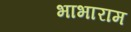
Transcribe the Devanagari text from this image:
भाभाराम